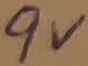
Text: 9V